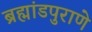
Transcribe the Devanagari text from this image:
ब्रह्मांडपुराणे